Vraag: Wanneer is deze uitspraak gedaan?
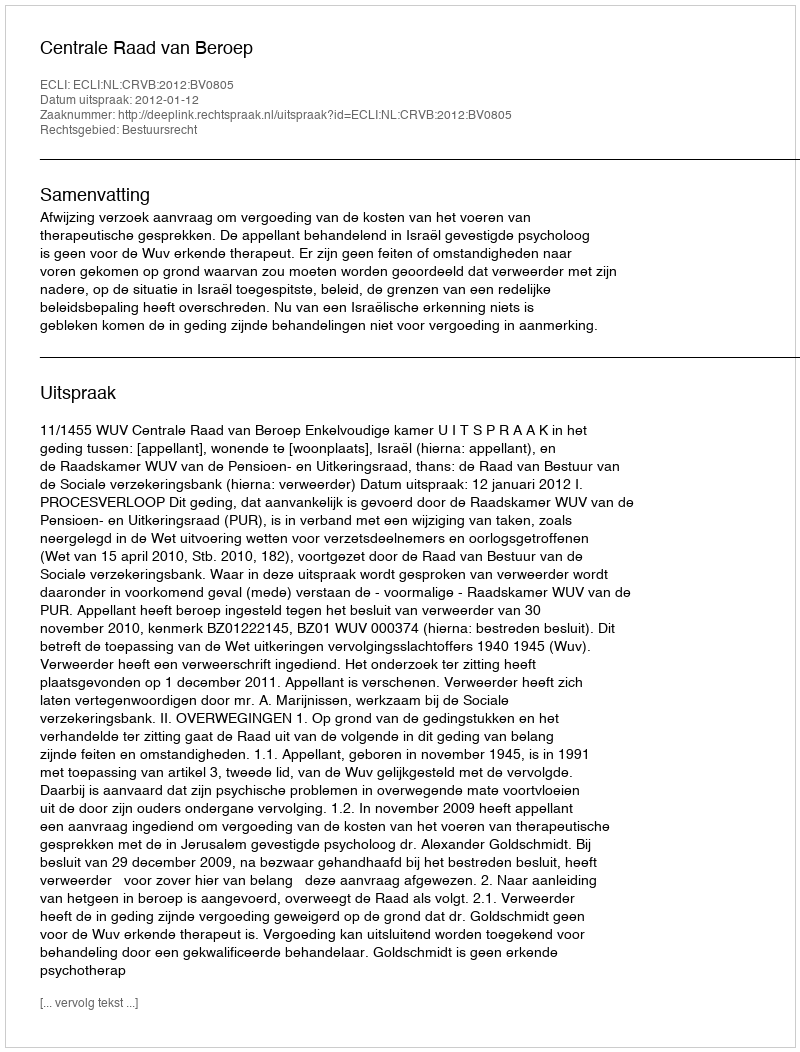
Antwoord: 2012-01-12